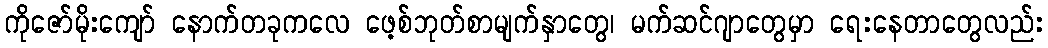
ကိုဇော်မိုးကျော် နောက်တခုကလေ ဖေ့စ်ဘုတ်စာမျက်နှာတွေ၊ မက်ဆင်ဂျာတွေမှာ ရေးနေတာတွေလည်း